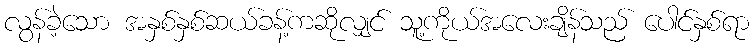
လွန်ခဲ့သော အနှစ်နှစ်ဆယ်ခန့်ကဆိုလျှင် သူ့ကိုယ်အလေးချိန်သည် ပေါင်နှစ်ရာ